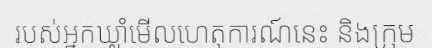
របស់អ្នកឃ្លាំមើលហេតុការណ៍នេះ និងក្រុម